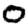
Digit: 0